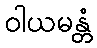
ဝါယမန္တံ